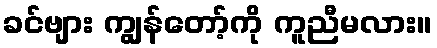
ခင်ဗျား ကျွန်တော့်ကို ကူညီမလား။